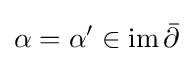
\alpha =\alpha '\in \operatorname {im} {\bar {\partial }}